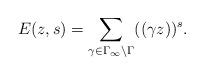
LaTeX: \begin{align*} E(z,s) = \sum_{\gamma \in \Gamma_{\infty} \backslash \Gamma} ((\gamma z))^s. \end{align*}